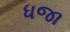
ધજા